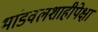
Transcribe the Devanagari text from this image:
भांडवलशाहीपेक्षा